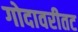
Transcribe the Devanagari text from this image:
गोदावरीतट